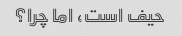
حیف است، اما چرا؟